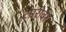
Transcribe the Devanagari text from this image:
टपरीवर